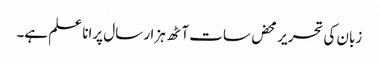
زبان کی تحریر محض سات آٹھ ہزار سال پرانا علم ہے۔